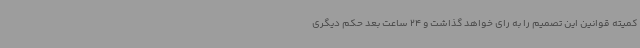
کمیته قوانین این تصمیم را به رای‌ خواهد گذاشت و 24 ساعت بعد حکم دیگری